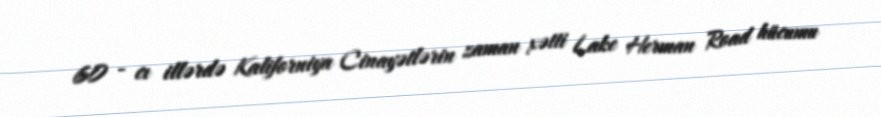
60 - cı illərdə Kaliforniya Cinayətlərin zaman xətti Lake Herman Road hücumu